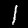
Label: 1